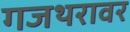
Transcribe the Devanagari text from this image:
गजथरावर